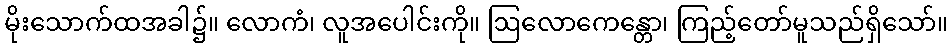
မိုးသောက်ထအခါ၌။ လောကံ၊ လူအပေါင်းကို။ ဩလောကေန္တော၊ ကြည့်တော်မူသည်ရှိသော်။